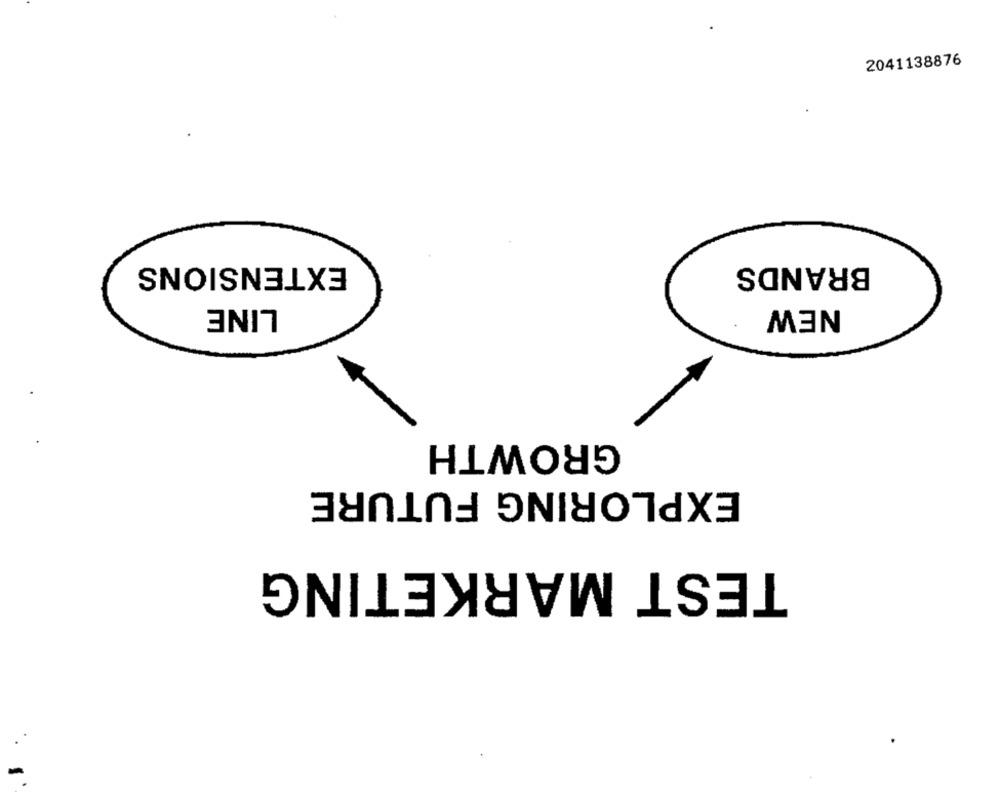
2041138876
EXTENSIONS
BRANDS
LINE
NEW
GROWTH
EXPLORING FUTURE
TEST MARKETING